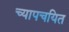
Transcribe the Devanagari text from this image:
च्यापचयित